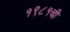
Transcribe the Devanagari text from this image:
१९८१ची